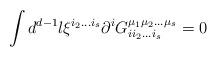
LaTeX: \begin{align*}\int d^{d-1}l \xi^{i_2\ldots i_s}\partial^i G_{ii_2\ldots i_s}^{\mu_1\mu_2\ldots \mu_s}=0\end{align*}